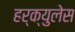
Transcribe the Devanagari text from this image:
हर्क्युलेस